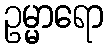
ဥမ္မာရော